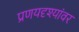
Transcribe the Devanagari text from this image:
प्रणयदृश्यांवर